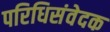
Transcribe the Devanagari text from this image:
परिधिसंवेदक